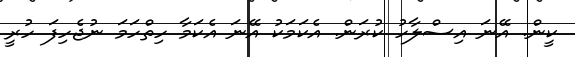
ކީން. އޭނަ އިސްލާހު ކުރަން. އެކަމަކު އޭނަ އެކަމާ ހިތްހަމަ ނުޖެހިފަ ހުރީ